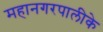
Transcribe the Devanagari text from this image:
महानगरपालीके